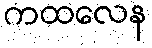
ကထလေန